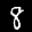
Label: 8